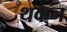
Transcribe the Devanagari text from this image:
थकन